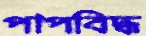
পাপবিদ্ধ